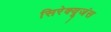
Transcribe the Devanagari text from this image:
सिरेक्यूजंस